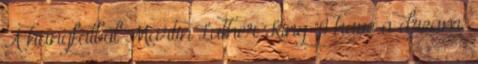
A hangfalból Martin Luther King "I have a dream"